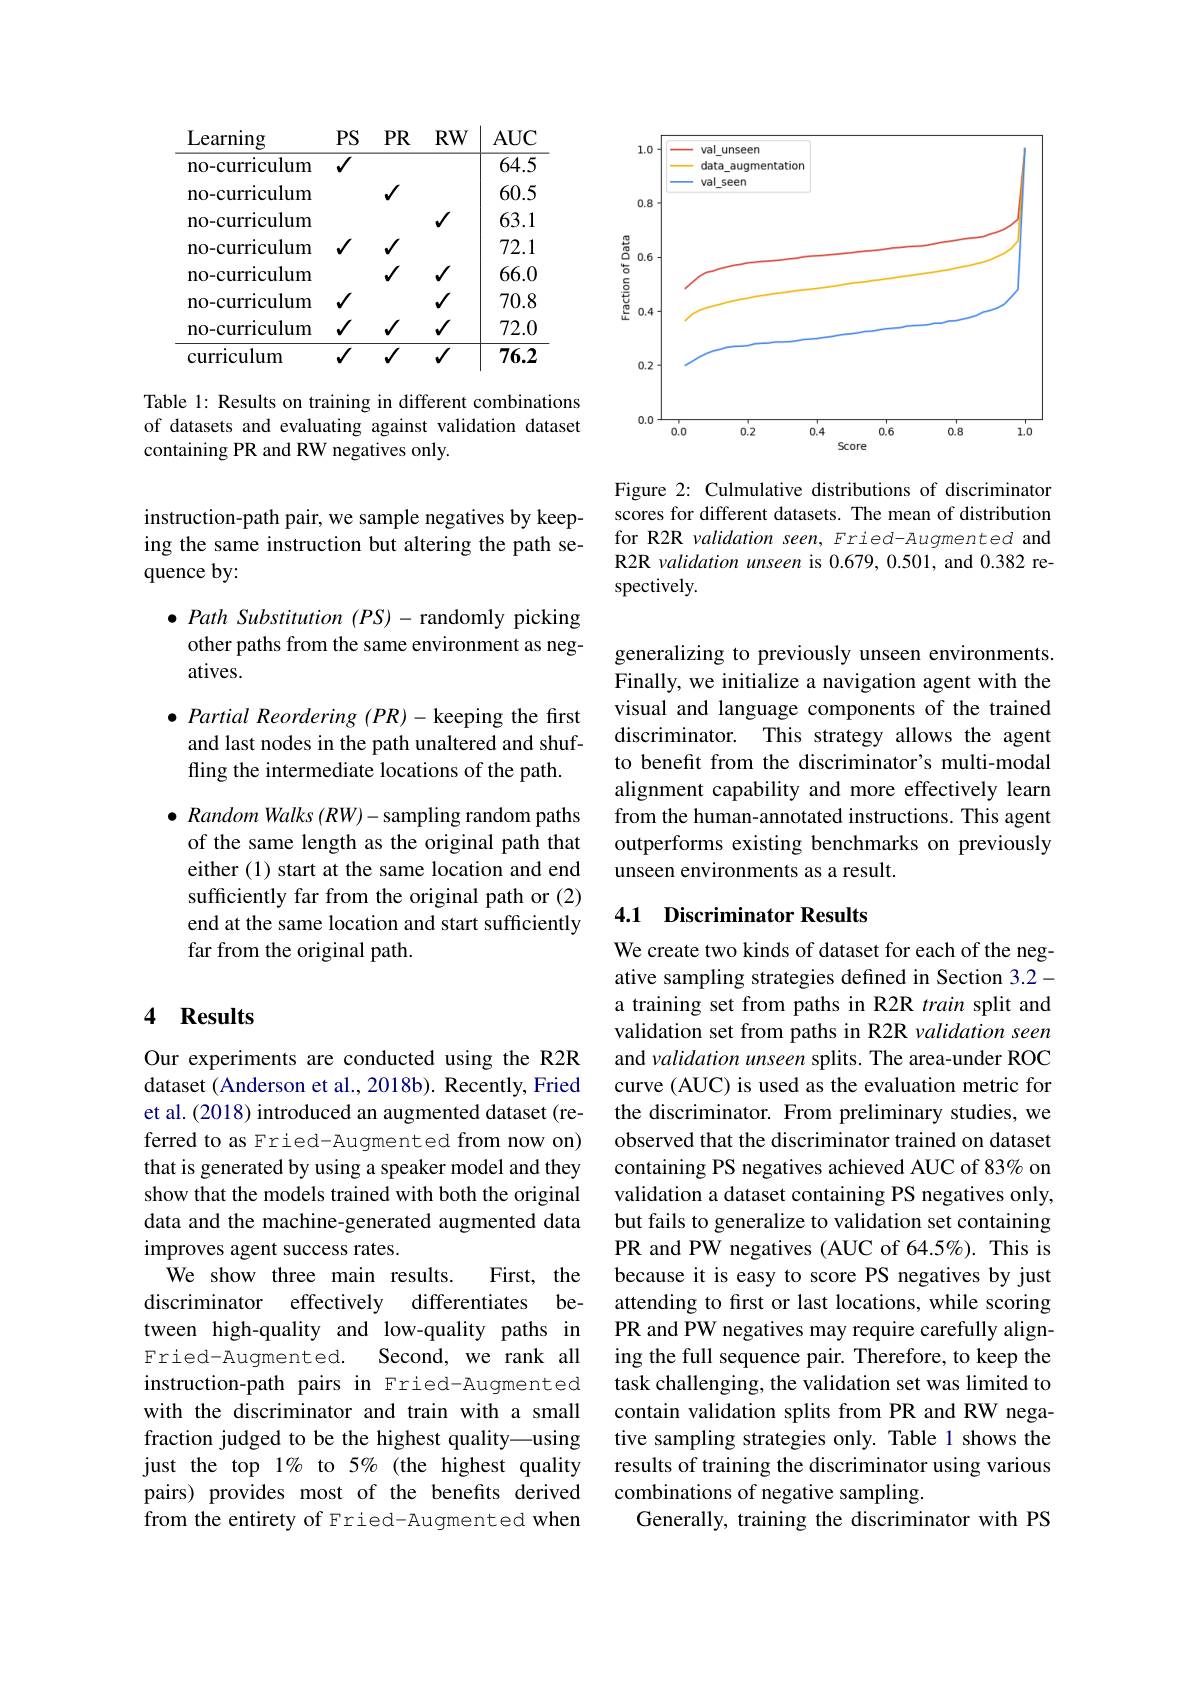
<table>
	<tbody>
		<tr>
			<th>Learning</th>
			<th>PS</th>
			<th>$PR$</th>
			<th>$RW$</th>
			<th>$AUC$</th>
		</tr>
		<tr>
			<td>no-curriculum</td>
			<td>1</td>
			<td> </td>
			<td> </td>
			<td>64.5</td>
		</tr>
		<tr>
			<td>no-curriculum</td>
			<td> </td>
			<td>1</td>
			<td> </td>
			<td>60.5</td>
		</tr>
		<tr>
			<td>no-curriculum</td>
			<td> </td>
			<td> </td>
			<td>$\checkmark$</td>
			<td>63.1</td>
		</tr>
		<tr>
			<td>no-curriculum</td>
			<td>1</td>
			<td>1</td>
			<td> </td>
			<td>72.1</td>
		</tr>
		<tr>
			<td>no-curriculum</td>
			<td> </td>
			<td>1</td>
			<td>$\checkmark$</td>
			<td>66.0</td>
		</tr>
		<tr>
			<td>no-curriculum</td>
			<td>1</td>
			<td> </td>
			<td>$√$</td>
			<td>70.8</td>
		</tr>
		<tr>
			<td>no-curriculum</td>
			<td>1</td>
			<td>$\checkmark$</td>
			<td>$\checkmark$</td>
			<td>72.0</td>
		</tr>
		<tr>
			<td>curriculum</td>
			<td>1</td>
			<td>$\overline{V}$</td>
			<td>$\overline{\checkmark}$</td>
			<td>76.2</td>
		</tr>
	</tbody>
</table>

Table 1: Results on training in different combinations of datasets and evaluating against validation dataset containing PR and RW negatives only.

instruction-path pair, we sample negatives by keeping the same instruction but altering the path sequence by:

$\bullet$ Path Substitution $(PS)-$randomly picking other paths from the same environment as negatives.

$\bullet \textit{Partial Reordering ( PR) - keeping the first}$ and last nodes in the path unaltered and shuffling the intermediate locations of the path.

$\bullet$ Random Walks $( RW) -$sampling random paths of the same length as the original path that either (1) start at the same location and end sufficiently far from the original path or (2) end at the same location and start sufficiently far from the original path.

### 4 Results

Our experiments are conducted using the R2R dataset (Anderson et al., 2018b). Recently, Fried et al. (2018) introduced an augmented dataset (referred to as Fried-Augmented from now on) that is generated by using a speaker model and they show that the models trained with both the original data and the machine-generated augmented data improves agent success rates.
We show three main results.
First, the
discriminator effectively differentiates between high-quality and low-quality paths in
Second, we rank all
Fried- Augmented.
instruction-path pairs in Fried-Augmented with the discriminator and train with a small fraction judged to be the highest quality—using just the top 1% to 5% (the highest quality pairs) provides most of the benefits derived from the entirety of Fried-Augmented when

<FigureHere>

Figure 2: Culmulative distributions of discriminator scores for different datasets. The mean of distribution for R2R validation seen, Fried-Augmented and R2R validation unseen is 0.679, 0.501, and 0.382 respectively.

generalizing to previously unseen environments. Finally, we initialize a navigation agent with the visual and language components of the trained discriminator. This strategy allows the agent to benefit from the discriminator's multi-modal alignment capability and more effectively learn from the human-annotated instructions. This agent outperforms existing benchmarks on previously unseen environments as a result.

### 4.1 Discriminator Results

We create two kinds of dataset for each of the negative sampling strategies defined in Section 3.2- a training set from paths in R2R train split and validation set from paths in R2R validation seen and validation unseen splits. The area-under ROC curve (AUC) is used as the evaluation metric for the discriminator. From preliminary studies, we observed that the discriminator trained on dataset containing PS negatives achieved AUC of 83% on validation a dataset containing PS negatives only, but fails to generalize to validation set containing PR and PW negatives (AUC of 64.5%). This is because it is easy to score PS negatives by just attending to first or last locations, while scoring PR and PW negatives may require carefully aligning the full sequence pair. Therefore, to keep the task challenging, the validation set was limited to contain validation splits from PR and RW negative sampling strategies only. Table 1 shows the results of training the discriminator using various combinations of negative sampling.
Generally, training the discriminator with PS